Lunatic asylums Punjab 1895-1910 - 1895-1910
Year: 1895
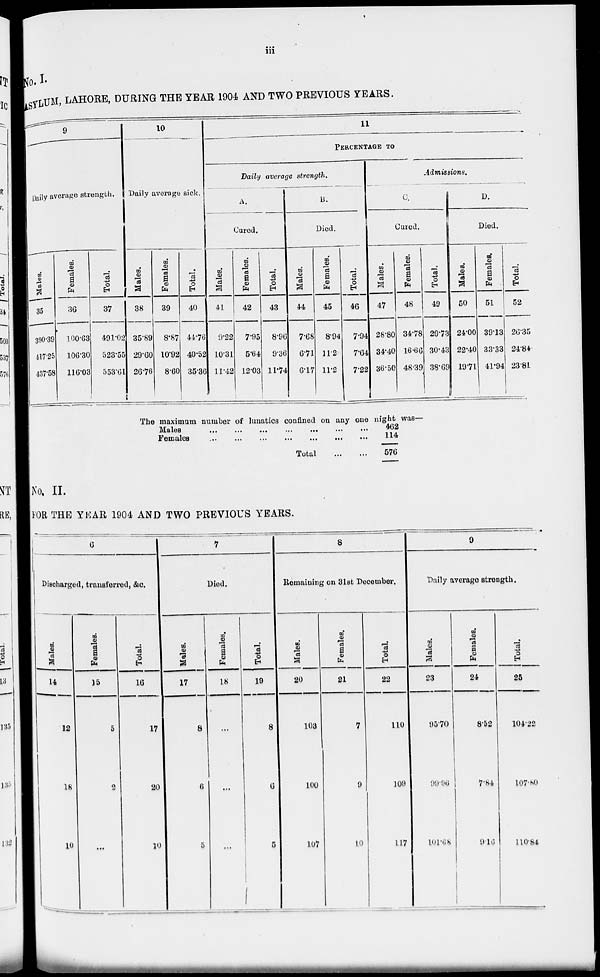
iii
No.I
ASYLUM, LAHORE, DURING THE YEAR 1904 AND TWO PREVIOUS YEARS.
9
Daily average strength.
Males.
35
390.39
417.25
437.58
Females.
36
100.63
106.30
116.03
Total.
37
491.02
523.55
553.61
10
Daily average sick.
Males.
38
35.89
29.60
26.76
Females.
39
8.87
10.92
8.60
Total.
40
44.76
40.52
35.36
11
PERCENTAGE TO
Daily average strength.
A.
Cared.
Males.
41
9.22
10.31
11.42
Females.
42
7.95
5.64
12.03
Total.
43
8.96
9.36
11.74
B.
Died.
Males.
44
7.68
6.71
6.17
Females.
45
8.94
11.2
11.2
Total.
46
7.94
7.64
7.22
Admissions.
C.
Cured.
Males.
47
28.80
34.40
36.50
Femal es .
48
34.78
16.66
48.39
Tot al .
49
29.73
30.43
38.69
D.
Died.
Males.
50
24.00
22.40
19.71
Females.
51
39.13
33.33
41.94
Total.
52
26.35
24.84
23.81
The maximum number of lunatics confined on any one night was—
Males
...
...
...
...
...
...
...
Females
...
...
...
...
...
...
...
Total
...
...
462
114
576
No. II.
FOE THE YEAR 1904 AND TWO PREVIOUS YEARS.
6
Discharged , transferred, &c.
Males.
14
12
18
10
Females.
15
5
2
...
Total .
16
17
20
10
7
Died.
Males.
17
8
6
5
Females.
18
...
...
...
Total.
19
8
6
5
8
Remaining on 31st December.
Males.
20
108
100
107
Females.
21
7
9
10
Total.
22
110
109
117
9
Daily average strength.
Males.
23
95.70
99.96
101.68
Females.
24
8.52
7.84
9.16
Total.
25
104.22
107.80
110.84